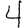
Digit: 4